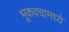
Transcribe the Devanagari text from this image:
भूकवचामध्ये